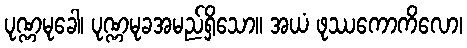
ပုဏ္ဏမုခေါ၊ ပုဏ္ဏမုခအမည်ရှိသော။ အယံ ဖုဿကောကိလော၊